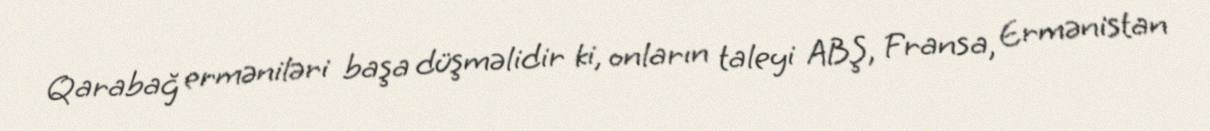
Qarabağ erməniləri başa düşməlidir ki, onların taleyi ABŞ, Fransa, Ermənistan